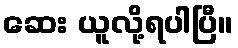
ဆေး ယူလို့ရပါပြီ။